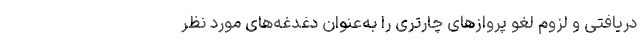
دریافتی و لزوم لغو پروازهای چارتری را به‌عنوان دغدغه‌های مورد نظر